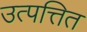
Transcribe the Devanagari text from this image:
उत्पत्तित